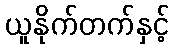
ယူနိုက်တက်နှင့်